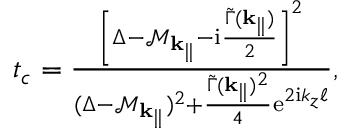
\begin{array} { r } { t _ { c } = \frac { \left[ \Delta - \mathcal { M } _ { \mathbf { k } _ { \parallel } } - \mathrm { i } \frac { \widetilde \Gamma ( { \mathbf { k } _ { \parallel } } ) } { 2 } \right] ^ { 2 } } { ( \Delta - \mathcal { M } _ { \mathbf { k } _ { \parallel } } ) ^ { 2 } + \frac { \widetilde \Gamma ( { \mathbf { k } _ { \parallel } } ) ^ { 2 } } { 4 } \mathrm { e } ^ { 2 \mathrm { i } k _ { z } \ell } } , } \end{array}